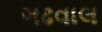
ગઢવાલ